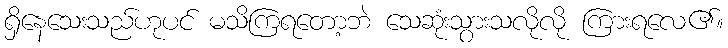
ရှိနေသေးသည်ဟုပင် မသိကြရတော့ဘဲ သေဆုံးသွားသလိုလို ကြားရလေ၏။